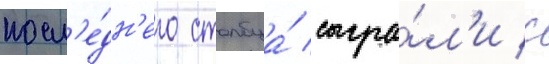
посл'е́дн'его столбца́ сыгра́л'и с